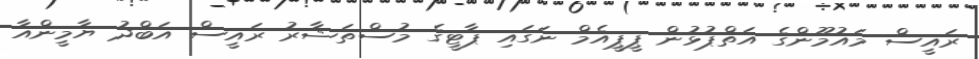
ރައީސް މައުމޫންގެ އަތްޕުޅުން ޕީޕީއެމް ނަގައި ޕާޓީގެ މުސްތަޝާރު ރައީސް އަބްދު ޔާމީންއާ